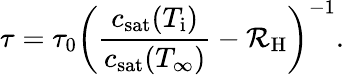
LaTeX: \tau=\tau_{0}\left(\frac{c_{\mathrm{sat}}(T_{\mathrm{i}})}{c_{\mathrm{sat}}(T_{\infty})}-\mathcal{R}_{\mathrm{H}}\right)^{-1}.